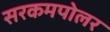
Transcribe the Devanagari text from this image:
सरकमपोलर